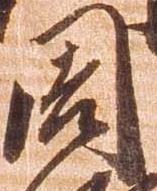
周